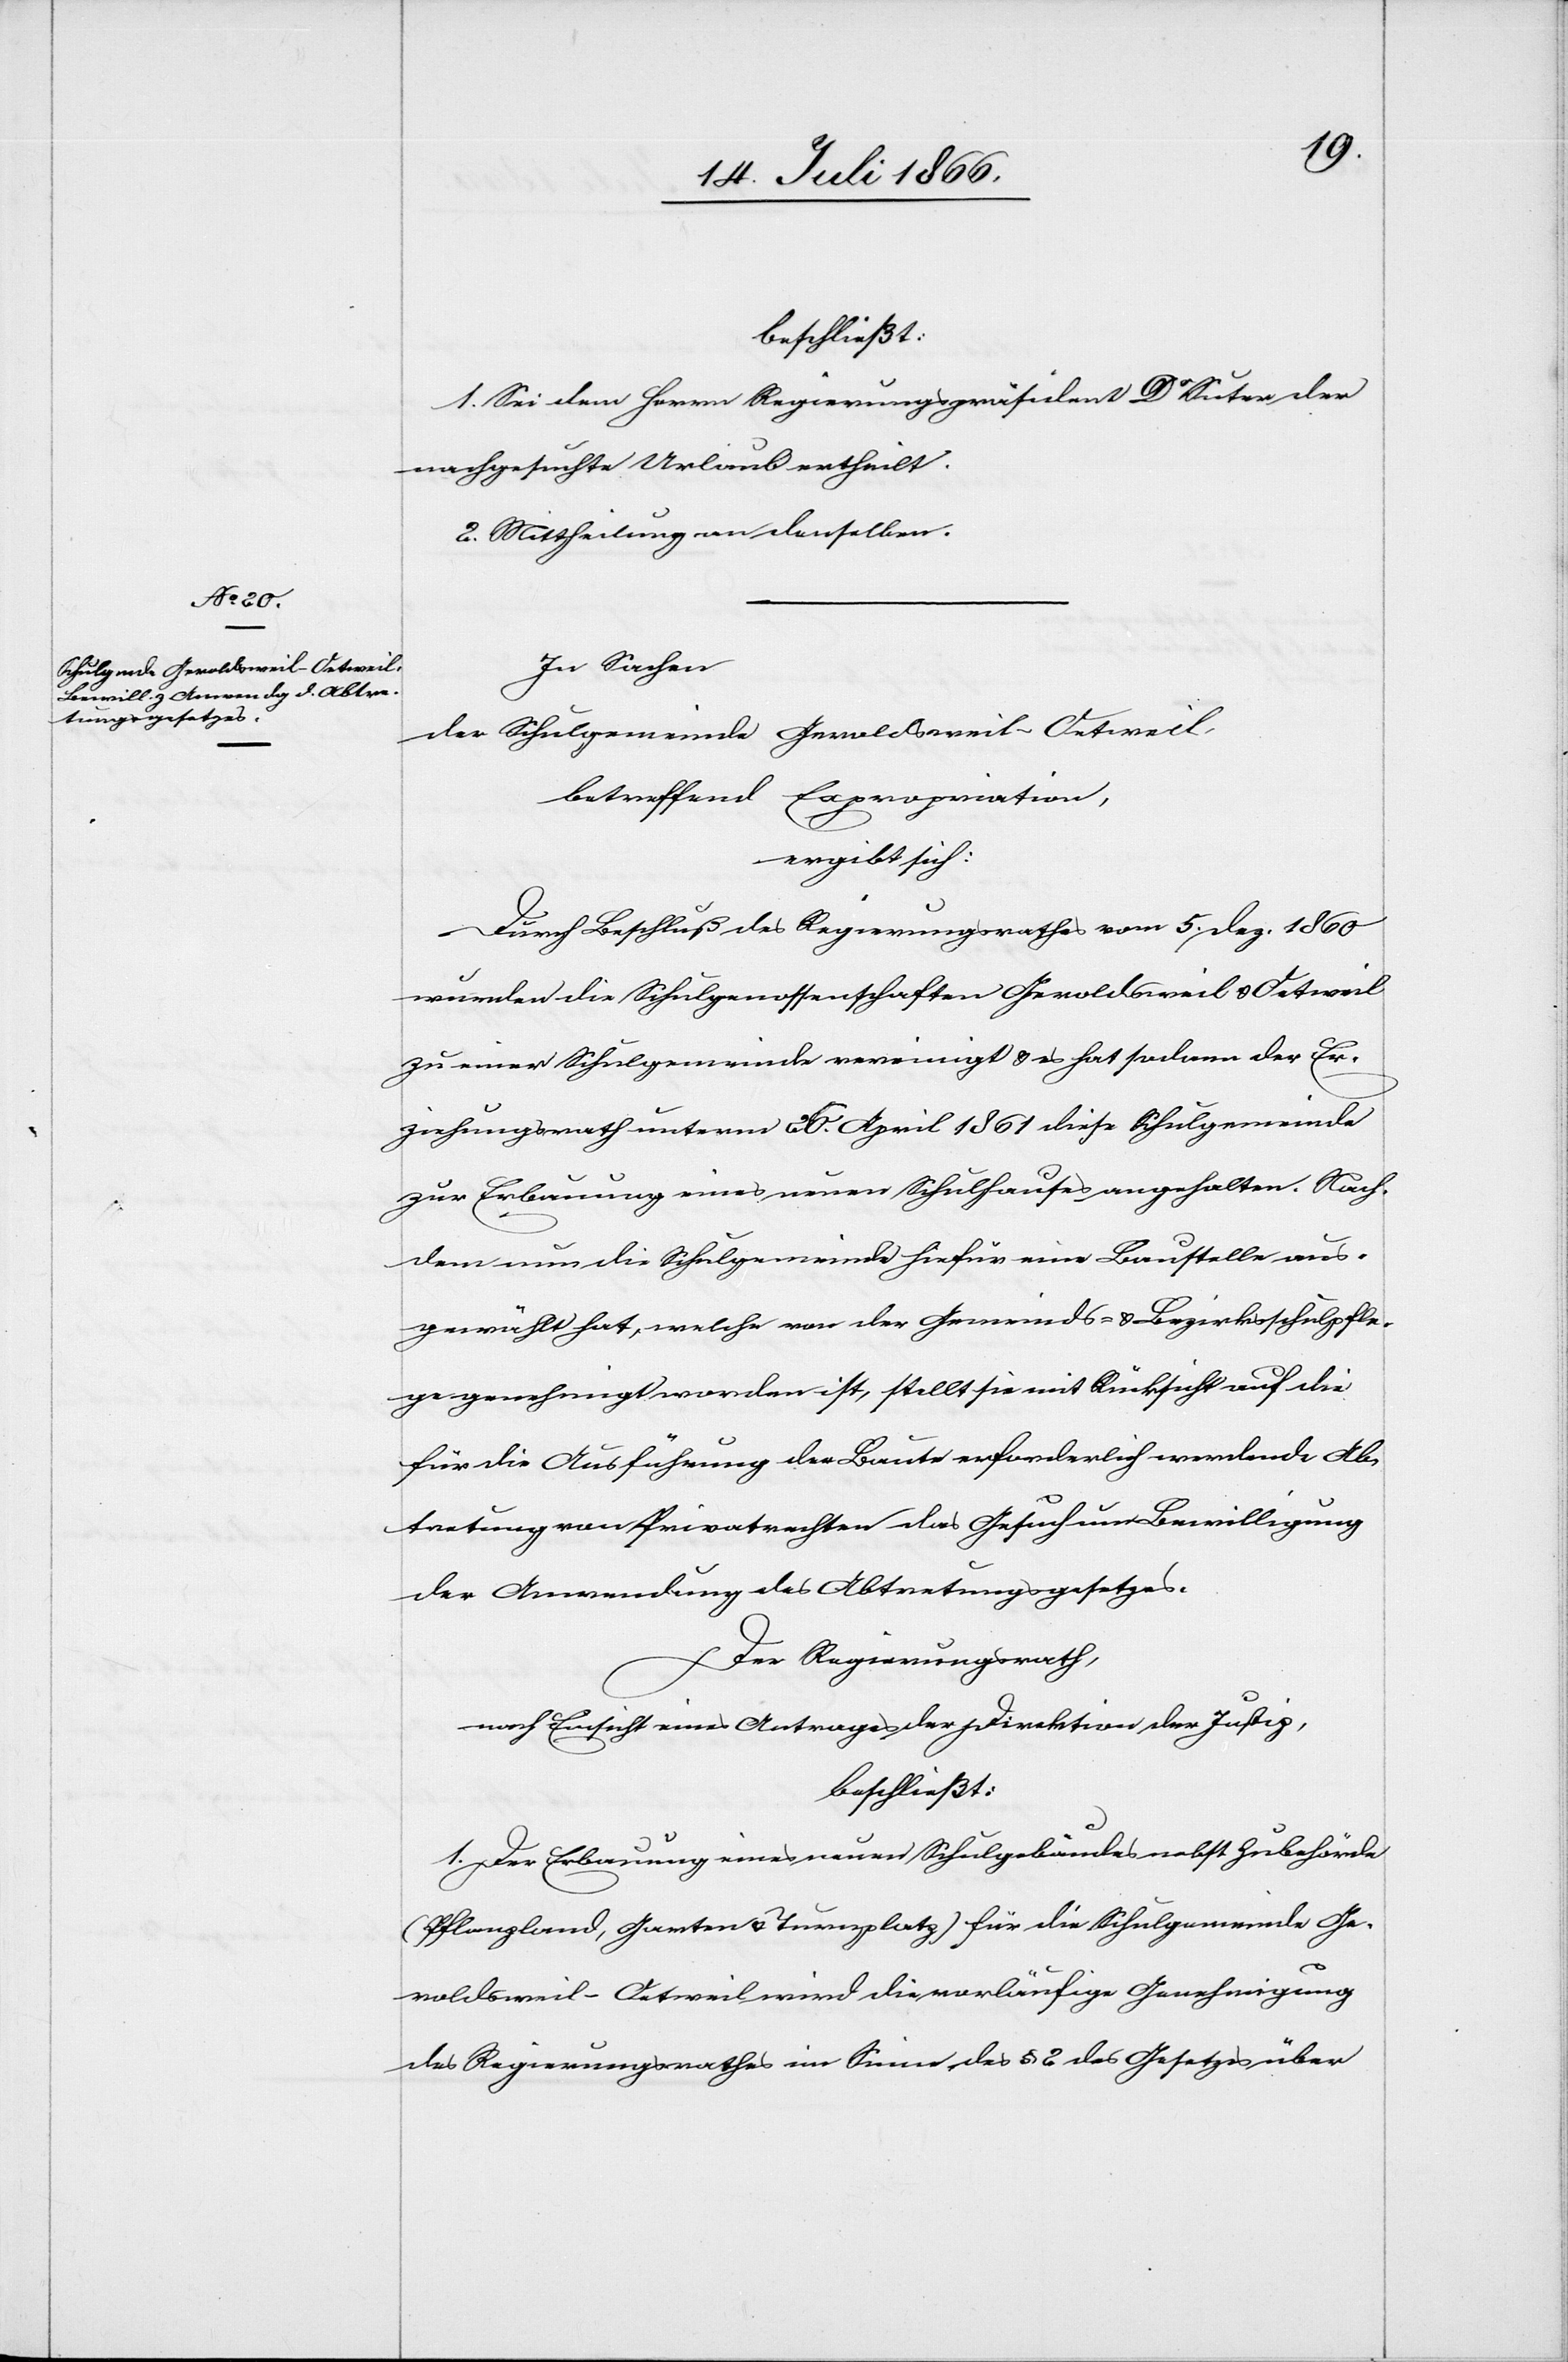
beschließt:
1. Sei dem Herrn Regierungspräsidenten Dr. Suter der
nachgesuchte Urlaub ertheilt.
2. Mittheilung an denselben.
In Sachen
der Schulgemeinde Geroldsweil-Oetweil,
betreffend Expropriation,
ergibt sich:
Durch Beschluß des Regierungsrathes vom 5. Dez. 1860
wurden die Schulgenossenschaften Geroldsweil u. Oetweil
zu einer Schulgemeinde vereinigt u. es hat sodann der Er¬
ziehungsrath unterm 16. April 1861 diese Schulgemeinde
zur Erbauung eines neuen Schulhauses angehalten. Nach¬
dem nun die Schulgemeinde hiefür eine Baustelle aus¬
gewählt hat, welche von der Gemeinds- u. Bezirksschulpfle¬
ge genehmigt worden ist, stellt sie mit Rücksicht auf die
für die Ausführung der Baute erforderlich werdende Ab¬
tretung von Privatrechten das Gesuch um Bewilligung
der Anwendung des Abtretungsgesetzes.
Der Regierungsrath,
nach Einsicht eines Antrages der Direktion der Justiz,
beschließt:
1. Der Erbauung eines neuen Schulgebäudes nebst Zubehörde
(Pflanzland, Garten u. Turnplatz) für die Schulgemeinde Ge¬
roldsweil-Oetweil wird die vorläufige Genehmigung
des Regierungsrathes im Sinne des § 2 des Gesetzes über